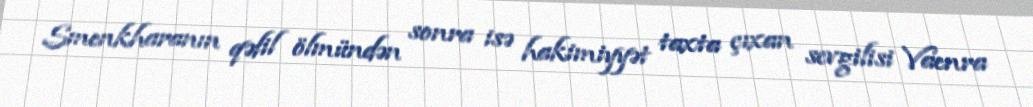
Smenkharanın qəfil ölmündən sonra isə hakimiyyət taxta çıxan sevgilisi Vaenra